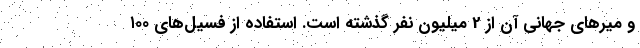
و میرهای جهانی آن از 2 میلیون نفر گذشته است. استفاده از فسیل‌های ۱۰۰